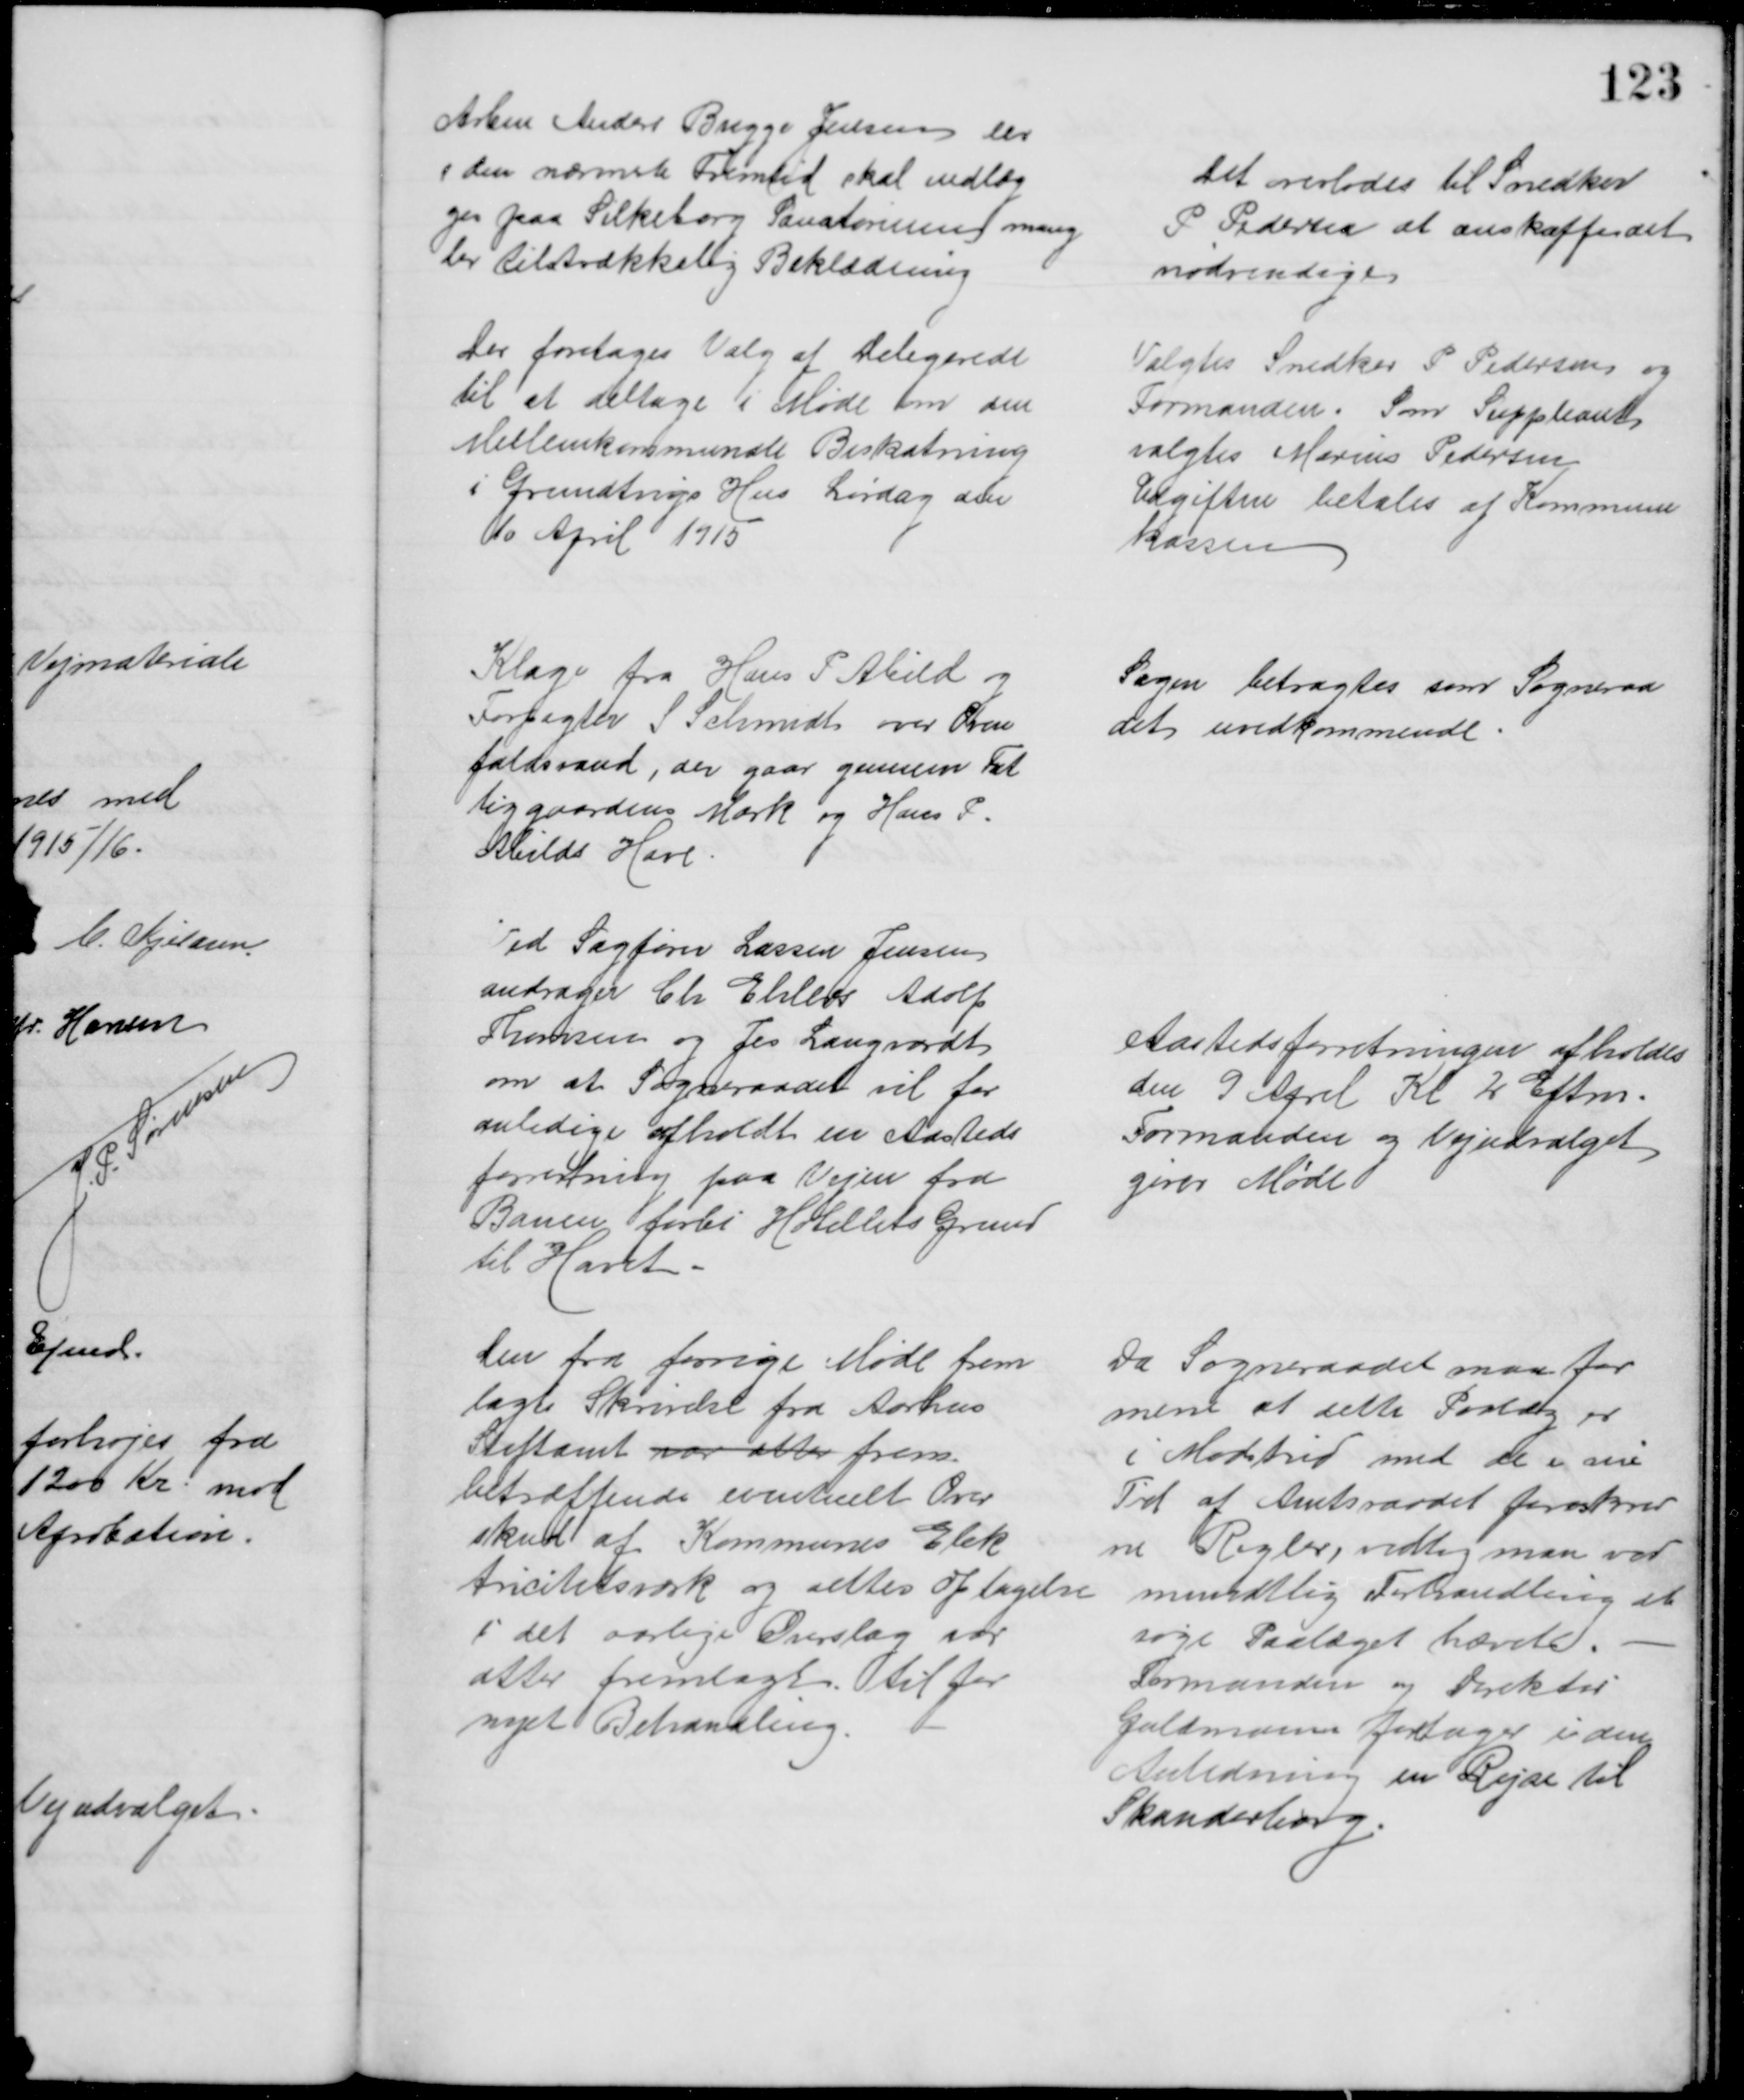
Transskription:
Arbm Anders Bugge Jensen der
i den nærmeste Fremtid skal indlæg
ges paa Silkeborg Sanatorium mang
ler tilstrækkelig Beklædning
Det overlodes til Snedker
P Pedersen at anskaffe det
nødvendige
Der foretoges Valg af Delegerede
til at deltage i Møde om den
Mellemkommunale Beskatning
i Grundtvigs Hus Lørdag den
10 April 1915
Valgtes Snedker P. Pedersen og
Formanden. Som Suppleant
valgtes Marius Pedersen
Udgiften betales at Kommune
kassen
Klage fra Hans P Abild og
Forpagter S Schmidt over Oven
faldsvand, der gaar gennem Fat
tiggaardens Mark og Hans P.
Abilds Have
Sagen betragtes som Sogneraa
det uvedkommende
Ved Sagfører Larsen Jensen
andrager Ch Ehlers Adolf
Thomsen og Jes Langvardt
om at Sogneraadet vil for
anledige afholdt en Aasteds
forretning paa Vejen fra
Banen forbi Hotellets Grund
til Havet
Aastedsforretningen afholdes
den 9 April Kl 2 Eftm.
Formanden og Vejudvalget
giver Møde
Den fra forrige Møde frem
lagte Skrivelse fra Aarhus
Stiftamt var atter frem
betræftende eventuelt Over
skud af Kommunes Elek
tricitetsværk og dettes optagelse
i det aarlige Overslag var 
after fremlagt til for
nyet Behandling.
Da Sogneraadet maa for
mene at dette Paalæg er
i Modstrid med de i sin
Tid af Amtsraadet foreskrev
ne Regler, vedtog man ved
mundtlig Forhandling at
søge Paalæget hævet.
Formanden og Direktør
Guldmann foretager i den 
Anledning en Rejse til
Skanderborg.